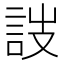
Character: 詜